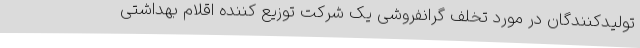
تولیدکنندگان در مورد تخلف گرانفروشی یک شرکت توزیع کننده اقلام بهداشتی